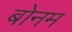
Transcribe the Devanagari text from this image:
बोनम